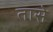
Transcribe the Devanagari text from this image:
तासे